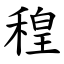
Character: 䅣